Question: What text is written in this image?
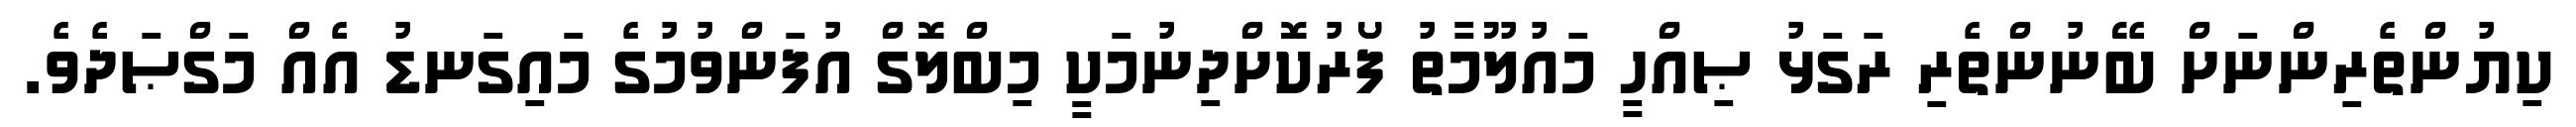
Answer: ކިޔުންތެރިންނަށް ބޭނުންތެރި ރަގަޅު ޞިއްހީ މައުލޫމާތު ފޯރުކޮށްދިނުމަކީ މިބްލޮގް އުފަންވުމުގެ މައިގަނޑު އެއް މަގްޞަދެވެ.